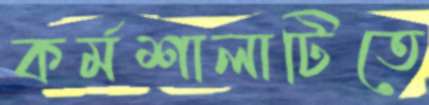
কর্মশালাটিতে